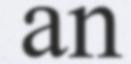
an